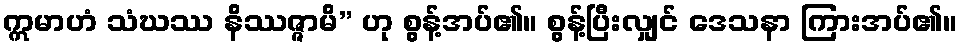
ဣမာဟံ သံဃဿ နိဿဇ္ဇာမိ” ဟု စွန့်အပ်၏။ စွန့်ပြီးလျှင် ဒေသနာ ကြားအပ်၏။